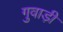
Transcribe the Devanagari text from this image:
गुवाड़ी